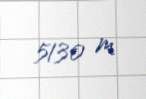
5130 m